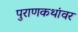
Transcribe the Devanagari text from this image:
पुराणकथांवर